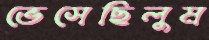
ভেসেছিলুম